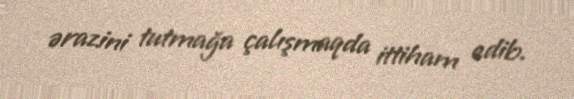
ərazini tutmağa çalışmaqda ittiham edib.